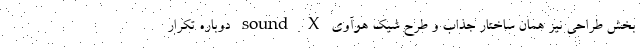
بخش طراحی نیز همان ساختار جذاب و طرح شیک هوآوی sound X دوباره تکرار